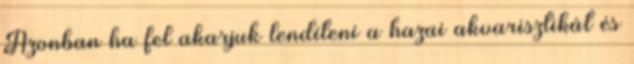
Azonban ha fel akarjuk lendíteni a hazai akvarisztikát és